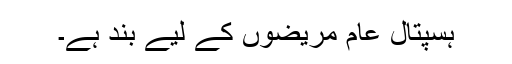
ہسپتال عام مریضوں کے لیے بند ہے۔